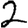
Digit: 2